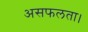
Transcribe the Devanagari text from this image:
असफलता।